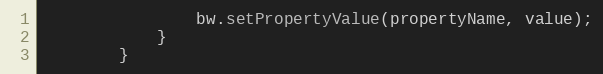
Language: Java
                bw.setPropertyValue(propertyName, value);
            }
        }